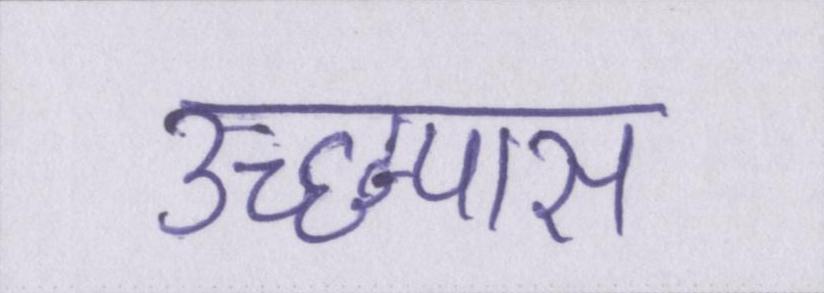
उच्छ्वास